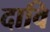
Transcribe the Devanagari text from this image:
दावि